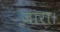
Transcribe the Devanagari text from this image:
जारा।